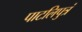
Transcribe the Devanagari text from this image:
पाटलिपुत्रं